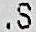
.S